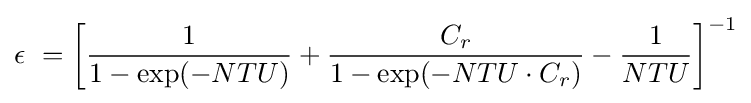
\epsilon \ =\left[{\frac {1}{1-\exp(-NTU)}}+{\frac {C_{r}}{1-\exp(-NTU\cdot C_{r})}}-{\frac {1}{NTU}}\right]^{-1}